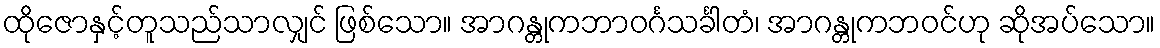
ထိုဇောနှင့်တူသည်သာလျှင် ဖြစ်သော။ အာဂန္တုကဘာဝင်္ဂသင်္ခါတံ၊ အာဂန္တုကဘဝင်ဟု ဆိုအပ်သော။